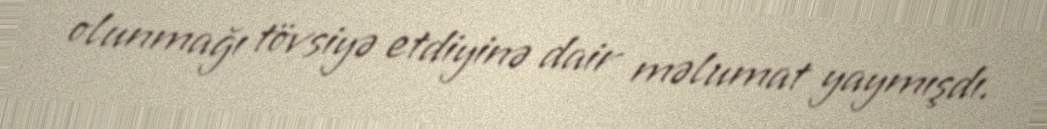
olunmağı tövsiyə etdiyinə dair məlumat yaymışdı.